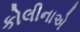
કોલીનાએ